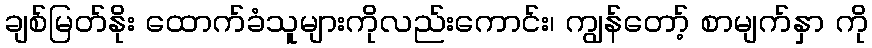
ချစ်မြတ်နိုး ထောက်ခံသူများကိုလည်းကောင်း၊ ကျွန်တော့် စာမျက်နှာ ကို